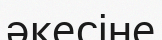
әкесіне